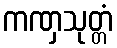
ကဏှသုတ္တံ